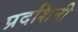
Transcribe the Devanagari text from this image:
प्रदशिनी